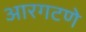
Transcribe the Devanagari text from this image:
आरगटणे